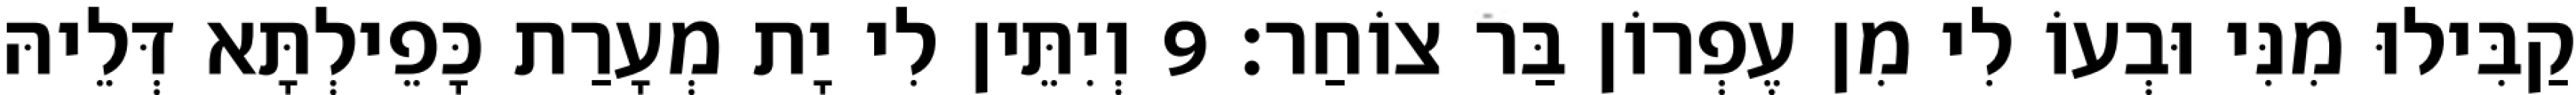
קַבִּילוּ מִנִּי וּבְעוֹ לִי מִן עֶפְרוֹן בַּר צוֹחַר׃ 9 וְיִתֵּין לִי יָת מְעָרַת כָּפֵילְתָּא דְּלֵיהּ